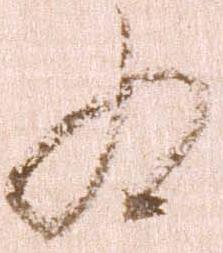
為